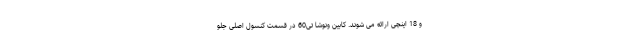
و 18 اینچی ارائه می شوند. کابین ونوشا تی60 در قسمت کنسول اصلی جلو